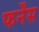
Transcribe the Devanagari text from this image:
फर्नेंस